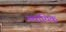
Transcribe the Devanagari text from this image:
स्थायिक्